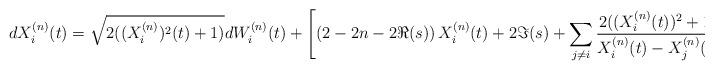
LaTeX: \begin{align*}dX^{(n)}_i(t)=\sqrt{2((X_i^{(n)})^2(t)+1)}dW^{(n)}_i(t)+\left[\left(2-2n-2\Re(s)\right)X_i^{(n)}(t)+2\Im(s)+\sum_{j\ne i}^{}\frac{2((X_i^{(n)}(t))^2+1)}{X_i^{(n)}(t)-X_j^{(n)}(t)}\right]dt,\end{align*}